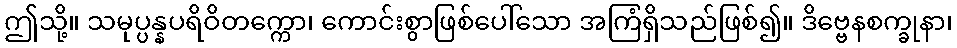
ဤသို့။ သမုပ္ပန္နပရိဝိတက္ကော၊ ကောင်းစွာဖြစ်ပေါ်သော အကြံရှိသည်ဖြစ်၍။ ဒိဗ္ဗေနစက္ခုနာ၊